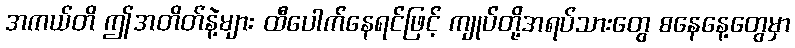
အကယ်တိ ဤအတိတ်နဲ့များ ထီပေါက်နေရင်ဖြင့် ကျုပ်တို့အရပ်သားတွေ စနေနေ့တွေမှာ